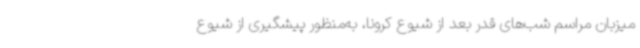
میزبان مراسم شب‌های قدر بعد از شیوع کرونا، به‌منظور پیشگیری از شیوع